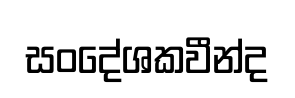
සංදේශකවීන්ද